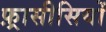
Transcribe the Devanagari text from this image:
फ़्रासीसियों